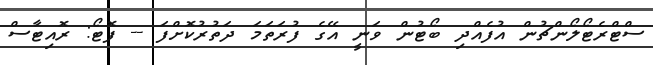
ސްޓްރެޓޯލޯންޗުން އުފެއްދި ބޯޓުން ވަނީ އޭގެ ފުރަތަމަ ދަތުރުކޮށްފަ -- ފޮޓޯ: ރޮއިޓާސް